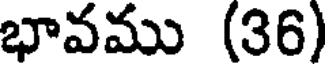
భావము (36)